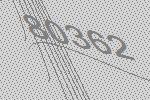
80362